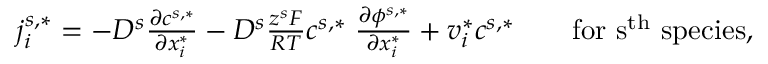
\begin{array} { r } { j _ { i } ^ { s , * } = - D ^ { s } \frac { \partial c ^ { s , * } } { \partial x _ { i } ^ { * } } - D ^ { s } \frac { z ^ { s } F } { R T } c ^ { s , * } \; \frac { \partial \phi ^ { s , * } } { \partial x _ { i } ^ { * } } + v _ { i } ^ { * } c ^ { s , * } \quad \quad \mathrm { \mathrm { f o r ~ s ^ { t h } ~ s p e c i e s , } } } \end{array}